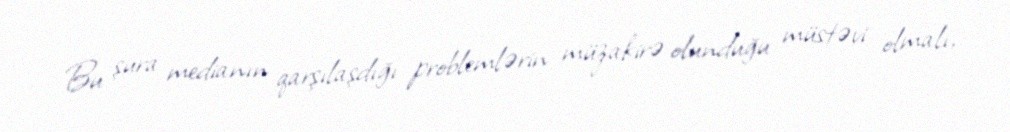
Bu şura medianın qarşılaşdığı problemlərin müzakirə olunduğu müstəvi olmalı,